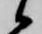
候